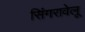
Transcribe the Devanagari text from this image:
सिंगरावेलू